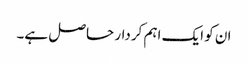
ان کو ایک اہم کردار حاصل ہے۔